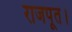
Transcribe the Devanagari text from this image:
राजपूत।